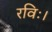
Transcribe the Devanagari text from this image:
रविः।